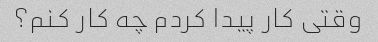
وقتی کار پیدا کردم چه کار کنم؟